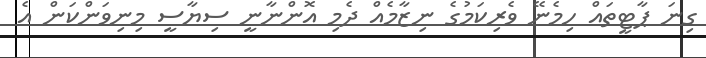
ގިނަ ޕާޓީތައް ހިމެނޭ ވެރިކަމުގެ ނިޒާމެއް ދެމި އޮންނާނީ ސިޔާސީ މިނިވަންކަން އެ